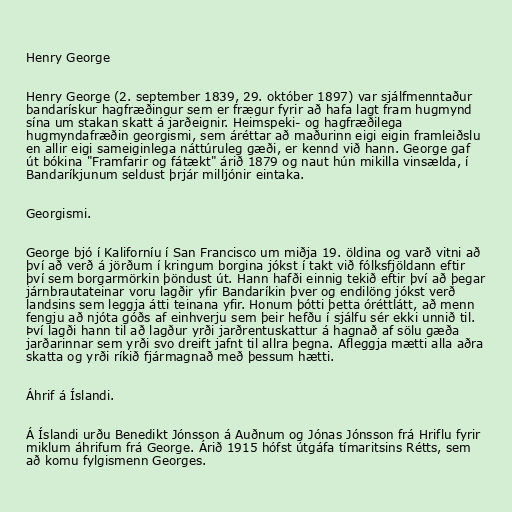
Henry George

Henry George (2. september 1839, 29. október 1897) var sjálfmenntaður
bandarískur hagfræðingur sem er frægur fyrir að hafa lagt fram hugmynd
sína um stakan skatt á jarðeignir. Heimspeki- og hagfræðilega
hugmyndafræðin georgismi, sem áréttar að maðurinn eigi eigin framleiðslu
en allir eigi sameiginlega náttúruleg gæði, er kennd við hann. George gaf
út bókina "Framfarir og fátækt" árið 1879 og naut hún mikilla vinsælda, í
Bandaríkjunum seldust þrjár milljónir eintaka.

Georgismi.

George bjó í Kaliforníu í San Francisco um miðja 19. öldina og varð vitni að
því að verð á jörðum í kringum borgina jókst í takt við fólksfjöldann eftir
því sem borgarmörkin þöndust út. Hann hafði einnig tekið eftir því að þegar
járnbrautateinar voru lagðir yfir Bandaríkin þver og endilöng jókst verð
landsins sem leggja átti teinana yfir. Honum þótti þetta óréttlátt, að menn
fengju að njóta góðs af einhverju sem þeir hefðu í sjálfu sér ekki unnið til.
Því lagði hann til að lagður yrði jarðrentuskattur á hagnað af sölu gæða
jarðarinnar sem yrði svo dreift jafnt til allra þegna. Afleggja mætti alla aðra
skatta og yrði ríkið fjármagnað með þessum hætti.

Áhrif á Íslandi.

Á Íslandi urðu Benedikt Jónsson á Auðnum og Jónas Jónsson frá Hriflu fyrir
miklum áhrifum frá George. Árið 1915 hófst útgáfa tímaritsins Rétts, sem
að komu fylgismenn Georges.